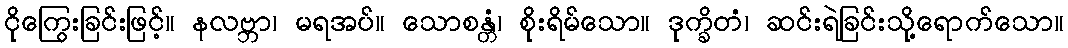
ငိုကြွေးခြင်းဖြင့်။ နလဗ္ဘာ၊ မရအပ်။ သောစန္တံ၊ စိုးရိမ်သော။ ဒုက္ခိတံ၊ ဆင်းရဲခြင်းသို့ရောက်သော။